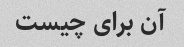
آن برای چیست